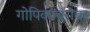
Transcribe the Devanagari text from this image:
गोपिकांबरोबर